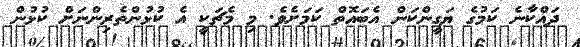
ދައްކާނެ ކަމުގެ ޔަގީންކަން އެބައޮތް ކަމަށެވެ. މި މެޗަކީ އެ ކުޅުންތެރިންނަށް ކުޅުން